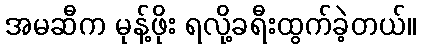
အမဆီက မုန့်ဖိုး ရလို့ခရီးထွက်ခဲ့တယ်။